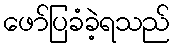
ဖော်ပြခံခဲ့ရသည်